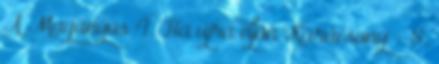
A Magányos 4. Ha újra eljön Karácsony - 8.